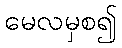
မေလမှစ၍